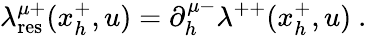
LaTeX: \lambda_{\mathrm{res}}^{\mu+}(x_{h}^{+},u)=\partial_{h}^{\mu-}\lambda^{++}(x_{h}^{+},u)\ .